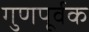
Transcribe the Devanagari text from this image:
गुणपूर्वक